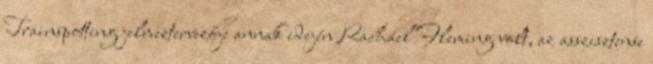
Trainspotting jelmeztervezője annak idején Rachael Fleming volt, az asszisztense